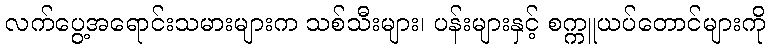
လက်ပွေ့အရောင်းသမားများက သစ်သီးများ၊ ပန်းများနှင့် စက္ကူယပ်တောင်များကို